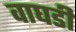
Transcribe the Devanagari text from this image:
वाघडी